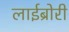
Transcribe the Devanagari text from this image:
लाईब्रोरी